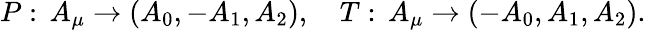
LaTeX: P:\, A_{\mu}\rightarrow(A_{0},-A_{1},A_{2}),\quad T:\, A_{\mu}\rightarrow(-A_{0},A_{1},A_{2}).